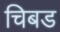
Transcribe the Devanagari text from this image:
चिबड